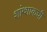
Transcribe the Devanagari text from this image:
शांग्शाकची